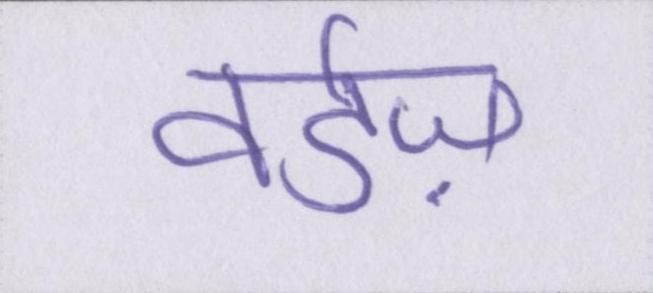
वर्डज़